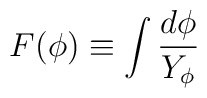
F(\phi)\equiv\int{d\phi\over Y_\phi}